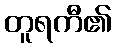
တူရကီ၏